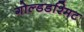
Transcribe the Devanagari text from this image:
गोल्डडश्मिट